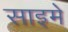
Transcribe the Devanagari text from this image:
साइमे